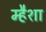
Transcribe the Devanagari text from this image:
म्हैशा